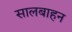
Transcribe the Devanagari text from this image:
सालबाहन